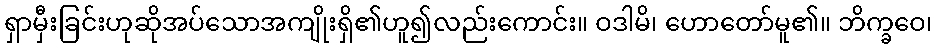
ရှာမှီးခြင်းဟုဆိုအပ်သောအကျိုးရှိ၏ဟူ၍လည်းကောင်း။ ဝဒါမိ၊ ဟောတော်မူ၏။ ဘိက္ခဝေ၊